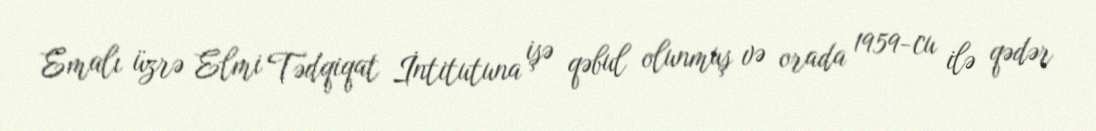
Emalı üzrə Elmi Tədqiqat İntitutuna işə qəbul olunmuş və orada 1959-cu ilə qədər